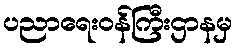
ပညာရေးဝန်ကြီးဌာနမှ